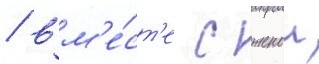
/ вм'е́ст'е с женои